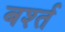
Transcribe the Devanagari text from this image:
बर्श्त